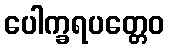
ပေါက္ခရပတ္တေဝ